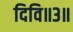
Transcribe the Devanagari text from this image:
दिवि॥३॥